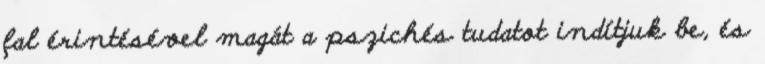
fal érintésével magát a pszichés tudatot indítjuk be, és